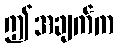
ဤအချက်က